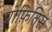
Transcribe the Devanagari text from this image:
प्रोफ़ितिस